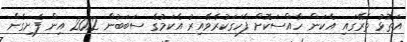
އަތޮޅު ތެރޭގައި އެކަން ހާއްސަކޮށް ފާހަގަކުރެވޭއިރު އެކަމުގެ ސަބަބުން 2012 އިން ފެށިގެން